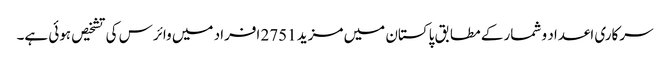
سرکاری اعداد و شمار کے مطابق پاکستان میں مزید 2751 افراد میں وائرس کی تشخیص ہوئی ہے۔